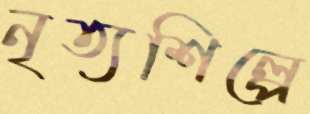
নৃত্যশিল্পে